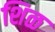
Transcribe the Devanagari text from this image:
शिळ